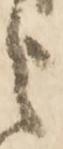
之